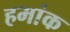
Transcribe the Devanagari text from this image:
हमांक